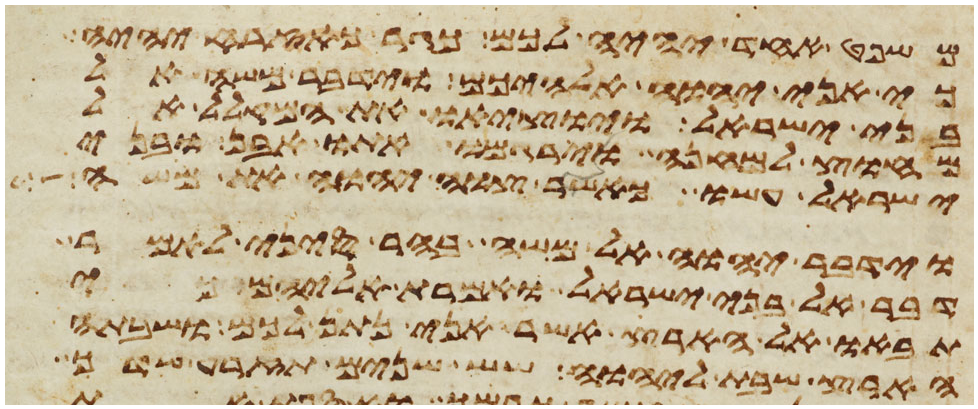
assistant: משפט אחד יהיה לכם כגר כאזרח יהיה
כי אני יהוה אלהיכם וידבר משה אל
בני ישראל ויוציאו את המקלל אל
מחוץ למחנה וירגמו אתו אבן ובני
ישראל עשו כאשר צוה יהוה את משה
וידבר יהוה אל משה בהר סיני לאמר
דבר אל בני ישראל ואמרת אליהם כי
תבאו אל הארץ אשר אני נתן לכם ושבתה
הארץ שבת ליהוה שש שנים תזרע שדך